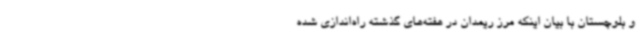
و بلوچستان با بیان اینکه مرز ریمدان در هفته‌های گذشته راه‌اندازی شده